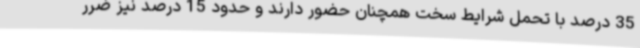
35 درصد با تحمل شرایط سخت همچنان حضور دارند و حدود 15 درصد نیز ضرر